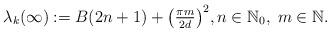
LaTeX: \begin{align*} \lambda_k(\infty) := B(2n+1) + \big(\textstyle{\frac{\pi m}{2d}}\big)^2,n\in\mathbb{N}_0,\; m\in\mathbb{N}.\end{align*}